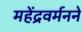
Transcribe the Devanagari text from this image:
महेंद्रवर्मनने